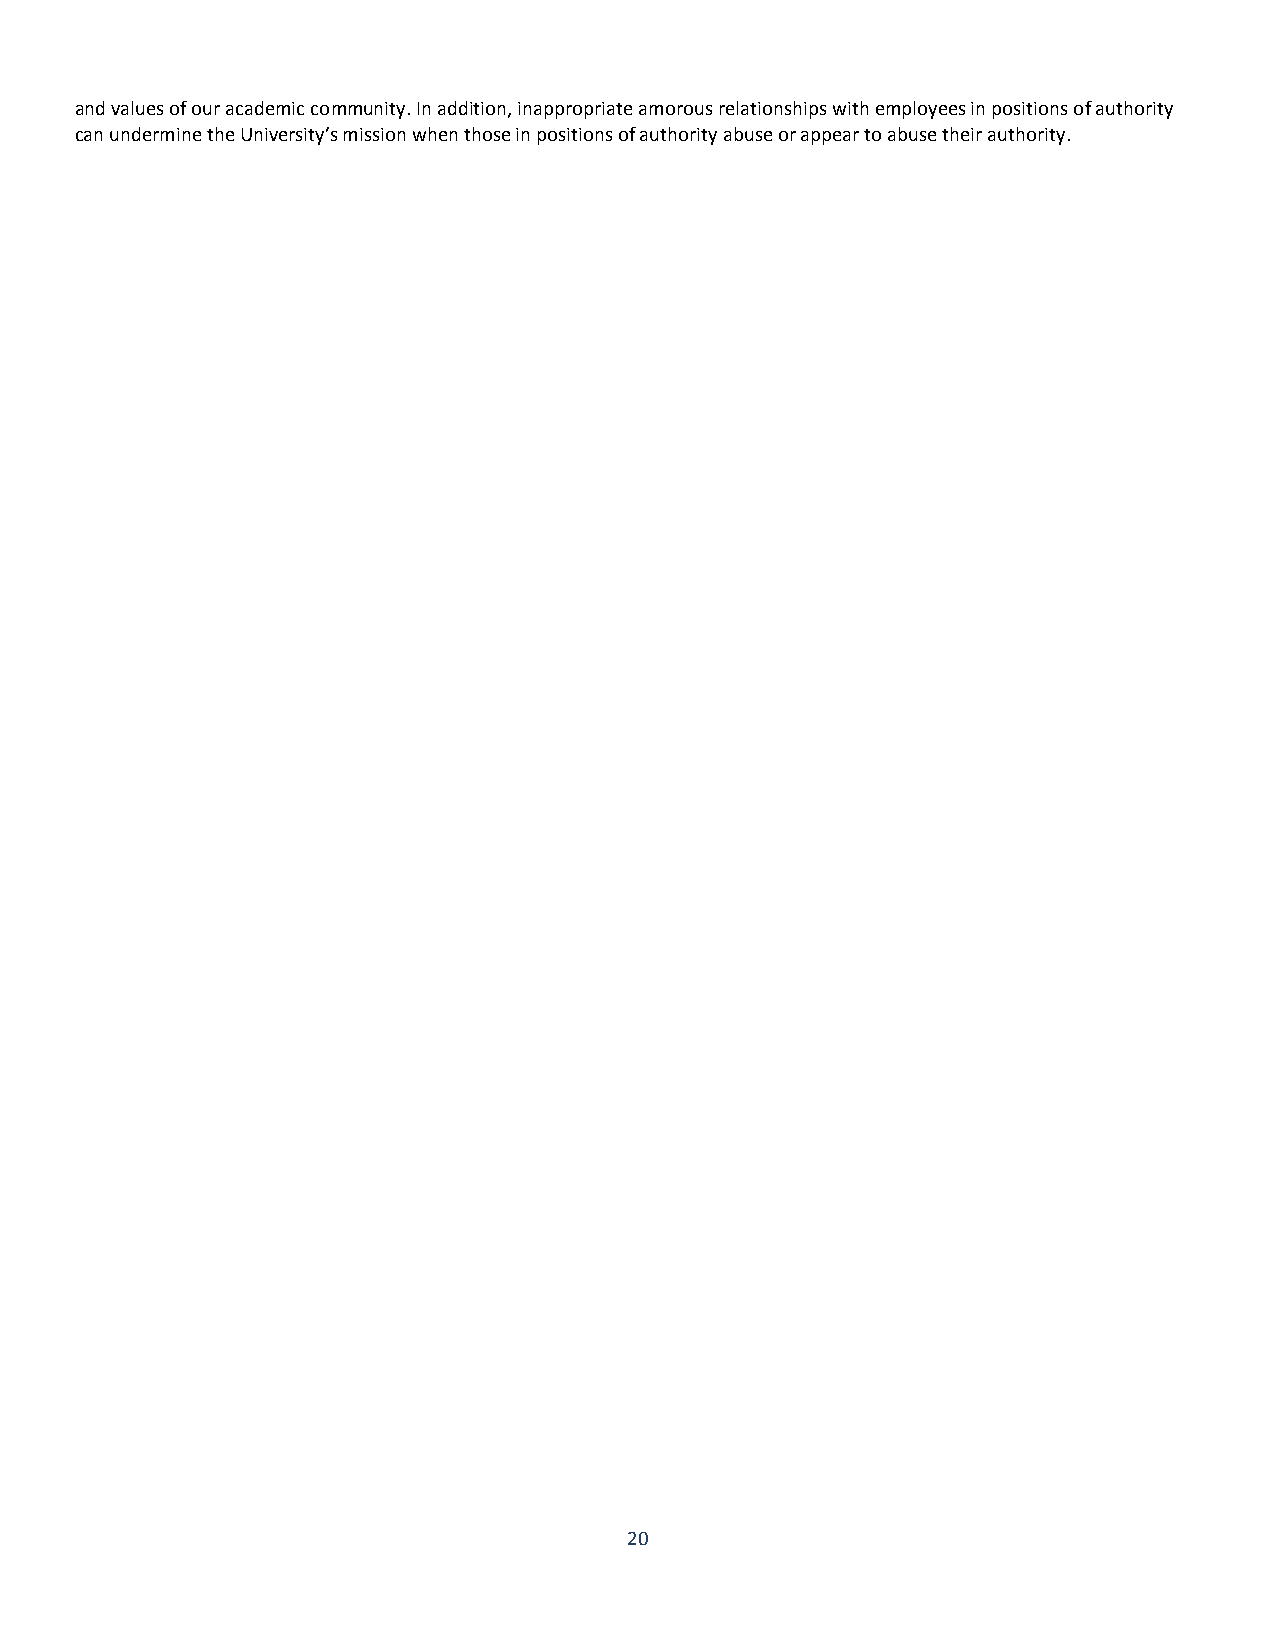
and values of our academic community. In addition, inappropriate amorous relationships with employees in positions of authority
 can undermine the University’s mission when those in positions of authority abuse or appear to abuse their authority.
 20